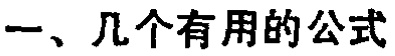
一、几个有用的公式